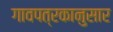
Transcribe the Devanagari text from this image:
गावपत्रकानुसार